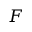
F